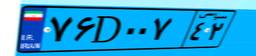
۴۴D۸۶۶۷۲